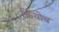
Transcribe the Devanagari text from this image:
क्रियोब